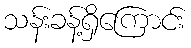
သန်းခန့်ရှိကြောင်း